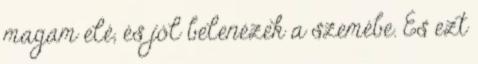
magam elé, és jól belenézek a szemébe. És ezt